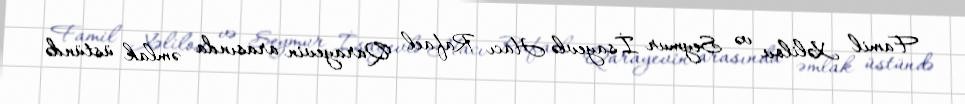
Famil Xəlilov və Seymur İsayevlə Hacı Rafael Qarayevin arasında əmlak üstündə